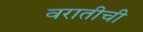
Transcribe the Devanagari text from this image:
वरातीची